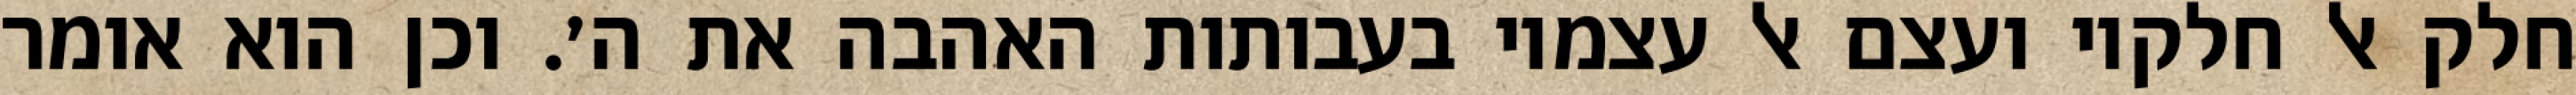
חלק אל חלקיו ועצם אל עצמיו בעבותות האהבה את ה׳. וכן הוא אומר